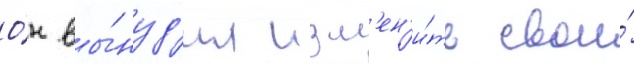
О́н вы́нуд'ил изм'ен'и́ть свои́